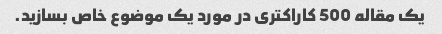
یک مقاله 500 کاراکتری در مورد یک موضوع خاص بسازید.